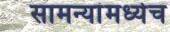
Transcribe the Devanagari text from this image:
सामन्यांमध्येच